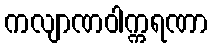
ကလျာဏဝါက္ကရဏာ